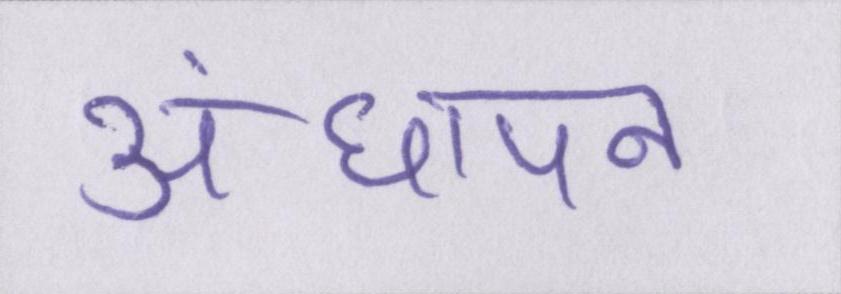
अंधापन